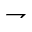
\rightharpoondown